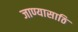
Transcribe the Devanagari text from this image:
जाण्यासाठि